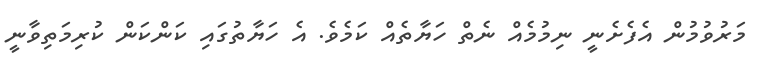
މަރުވުމުން އެފެށެނީ ނިމުމެއް ނެތް ހަޔާތެއް ކަމެވެ. އެ ހަޔާތުގައި ކަންކަން ކުރިމަތިވާނީ